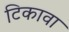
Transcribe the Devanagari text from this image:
टिकावा